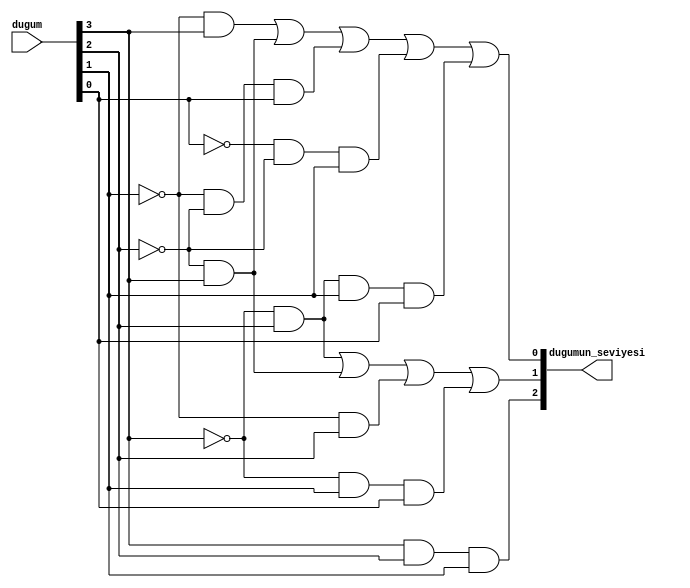
`timescale 1ns / 1ps
//////////////////////////////////////////////////////////////////////////////////
// Company: 
// Engineer: 
// 
// Design Name: 
// Module Name: seviye
// Project Name: 
// Target Devices: 
// Tool Versions: 
// Description: 
// 
// Dependencies: 
// 
// Revision:
// Revision 0.01 - File Created
// Additional Comments:
// 
//////////////////////////////////////////////////////////////////////////////////


module seviye(
    input [3:0]dugum,
    output [2:0] dugumun_seviyesi
    );
    
    wire k0n,k1n,k2n,k3n,w1,w2,w3,w4,w5,w6,w7,w8,w9;

    not(k0n,dugum[0]);
    not(k1n,dugum[1]);
    not(k2n,dugum[2]);
    not(k3n,dugum[3]);
    
    and(dugumun_seviyesi[2],dugum[3],dugum[2],dugum[1]);
    
    and(w1,k3n,dugum[2]);
    and(w2,k2n,dugum[3]);
    and(w3,k1n,dugum[2]);
    and(w4,k3n,dugum[1],dugum[0]);
    or(dugumun_seviyesi[1],w1,w2,w3,w4);
    
    and(w5,k1n,dugum[3]);
    and(w7,k1n,k2n,dugum[0]);
    and(w8,k0n,k2n,dugum[1]);
    and(w9,k3n,dugum[2],dugum[1],dugum[0]);
    
    or(dugumun_seviyesi[0],w5,w2,w7,w8,w9);
  
endmodule